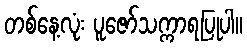
တစ်နေ့လုံး ပူဇော်သက္ကာရပြုပါ။